Plague in India, 1896, 1897 - Volume 3
Year: 1896
Disease focus: Plague
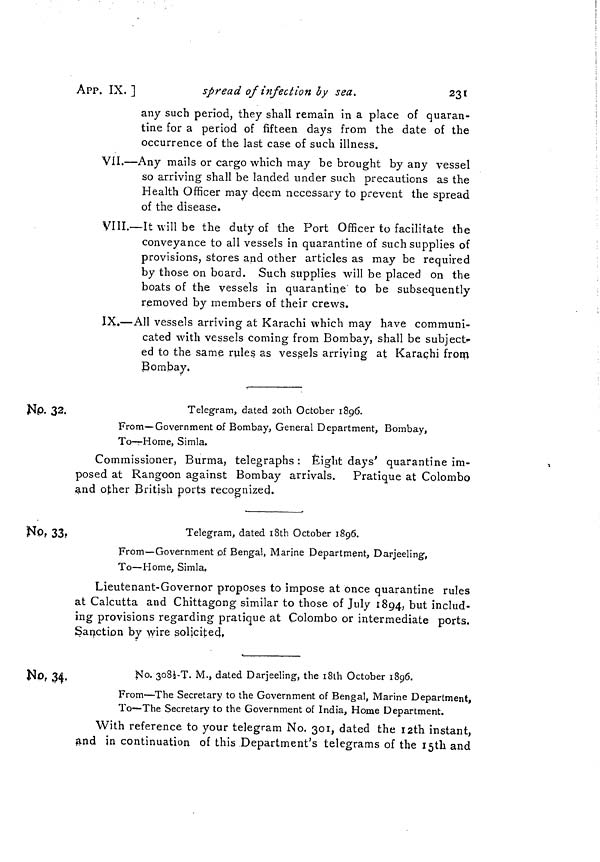
23t
APP. IX. ]
spread of infection by sea.
any such period, they shall remain in a place of quaran-
tine for a period of fifteen days from the date of the
occurrence of the last case of such illness.
VII.—Any mails or cargo which may be brought by any vessel
so arriving shall be landed under such precautions as the
Health Officer may deem necessary to prevent the spread
of the disease.
VIII.—It will be the duty of the Port Officer to facilitate the
conveyance to all vessels in quarantine of such supplies of
provisions, stores and other articles as may be required
by those on board. Such supplies will be placed on the
boats of the vessels in quarantine to be subsequently
removed by members of their crews.
IX.—All vessels arriving at Karachi which may have communi-
cated with vessels coming from Bombay, shall be subject-
ed to the same rules as vessels arriving at Karachi from
Bombay.
No. 32.
Telegram, dated 2oth October 1896.
From—Government of Bombay, General Department, Bombay,
To—Home, Simla.
Commissioner, Burma, telegraphs : Eight days' quarantine im-
posed at Rangoon against Bombay arrivals.
Pratique at Colombo
and other British ports recognized.
No. 33.
Telegram, dated 18th October 1896.
From—Government of Bengal, Marine Department, Darjeeling,
To—Home, Simla,
Lieutenant-Governor proposes to impose at once quarantine rules
at Calcutta and Chittagong similar to those of July 1894, but includ-
ing provisions regarding pratique at Colombo or intermediate ports.
Sanction by wire solicited.
No. 34.
No. 3081/2-T. M., dated Darjeeling, the 18th October 1896.
From—The Secretary to the Government of Bengal, Marine Department,
To—The Secretary to the Government of India, Home Department.
With reference to your telegram No. 301, dated the 12th instant,
and in continuation of this Department's telegrams of the 15th and